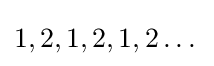
1,2,1,2,1,2\dots